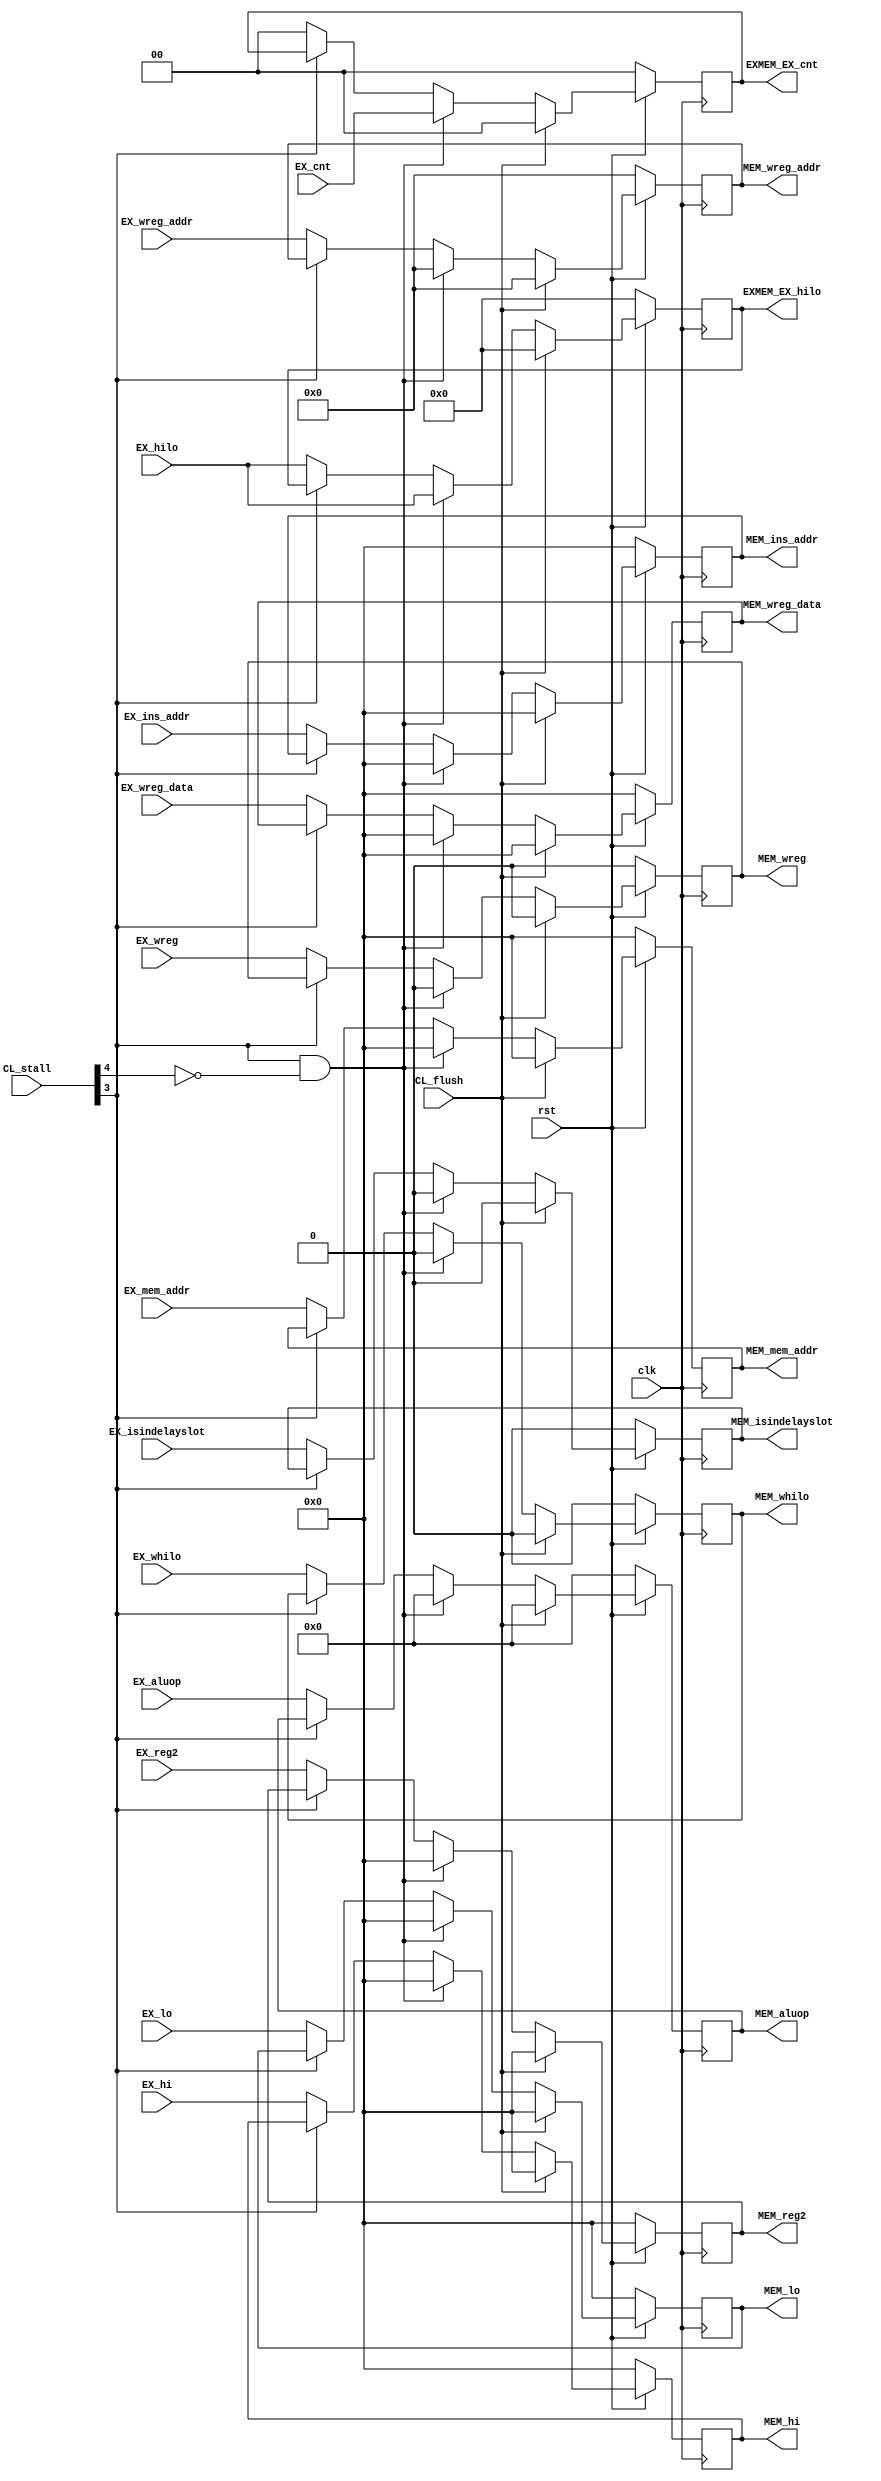
`timescale 1ns / 1ps
//////////////////////////////////////////////////////////////////////////////////
// Company: 
// Engineer: 
// 
// Design Name: 
// Module Name: EX_MEM
// Project Name: 
// Target Devices: 
// Tool Versions: 
// Description: 
// 
// Dependencies: 
// 
// Revision:
// Revision 0.01 - File Created
// Additional Comments:
// 
//////////////////////////////////////////////////////////////////////////////////
//

module EX_MEM(
    input clk,
    input rst,
    input wire [5:0] CL_stall,
    input wire CL_flush,
    input wire [31:0] EX_mem_addr,//
    input wire [31:0] EX_reg2,
    input wire EX_whilo,
    input wire [31:0] EX_hi,
    input wire [31:0] EX_lo,
    input wire [63:0] EX_hilo,
    input wire [1:0] EX_cnt,
    input wire EX_isindelayslot,
    input wire [31:0] EX_ins_addr,
    input wire [7:0] EX_aluop,
    input wire EX_wreg,//
    input wire [4:0] EX_wreg_addr,//
    input wire [31:0] EX_wreg_data,//
    output reg MEM_wreg,//
    output reg [4:0] MEM_wreg_addr,//
    output reg [31:0] MEM_wreg_data,//
    output reg [31:0] MEM_hi,
    output reg [31:0] MEM_lo,
    output reg MEM_whilo,
    output reg [7:0] MEM_aluop ,
    output reg [31:0] MEM_mem_addr,//
    output reg [31:0] MEM_reg2 ,
    output reg MEM_isindelayslot,
    output reg [31:0] MEM_ins_addr ,
    output reg [63:0] EXMEM_EX_hilo ,
    output reg [1:0] EXMEM_EX_cnt 
    );
    //
always @(posedge clk) begin
    if(rst==1'b0) begin
        MEM_wreg<=1'b0;
        MEM_wreg_addr<=5'b0;
        MEM_wreg_data<=32'b0;
		MEM_hi <= 32'b0;
		MEM_lo <= 32'b0;
		MEM_whilo <= 1'b0;
		MEM_aluop <= 8'b0;
		MEM_mem_addr <= 32'b0;
		MEM_reg2 <= 32'b0;
		MEM_isindelayslot <= 1'b0;
		MEM_ins_addr <= 32'b0;
		EXMEM_EX_hilo <= 64'b0;
		EXMEM_EX_cnt <= 2'b0;
    end else if(CL_flush==1'b1) begin
        MEM_wreg<=1'b0;
        MEM_wreg_addr<=5'b0;
        MEM_wreg_data<=32'b0;
		MEM_hi <= 32'b0;
		MEM_lo <= 32'b0;
		MEM_whilo <= 1'b0;
		MEM_aluop <= 8'b0;
		MEM_mem_addr <= 32'b0;
		MEM_reg2 <= 32'b0;
		MEM_isindelayslot <= 1'b0;
		MEM_ins_addr <= 32'b0;
		EXMEM_EX_hilo <= 64'b0;
		EXMEM_EX_cnt <= 2'b0;
    end else if(CL_stall[3] == 1'b1 && CL_stall[4] == 1'b0) begin 
        MEM_wreg<=1'b0;
        MEM_wreg_addr<=5'b0;
        MEM_wreg_data<=32'b0;
		MEM_hi <= 32'b0;
		MEM_lo <= 32'b0;
		MEM_whilo <= 1'b0;
		MEM_aluop <= 8'b0;
		MEM_mem_addr <= 32'b0;
		MEM_reg2 <= 32'b0;
		MEM_isindelayslot <= 1'b0;
		MEM_ins_addr <= 32'b0;
		EXMEM_EX_hilo <= EX_hilo;
		EXMEM_EX_cnt <=  EX_cnt;
    end else if(CL_stall[3]==1'b0) begin
        MEM_wreg<=EX_wreg;
        MEM_wreg_addr <= EX_wreg_addr;
        MEM_wreg_data <= EX_wreg_data;
		MEM_hi <= EX_hi;
		MEM_lo <= EX_lo;
		MEM_whilo <= EX_whilo;
		MEM_aluop <= EX_aluop;
		MEM_mem_addr <= EX_mem_addr;
		MEM_reg2 <= EX_reg2;
		MEM_isindelayslot <= EX_isindelayslot;
		MEM_ins_addr <= EX_ins_addr;
		EXMEM_EX_hilo <= EX_hilo;
		EXMEM_EX_cnt <= 2'b0;
    end
end
endmodule